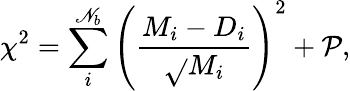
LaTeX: \chi^{2}=\sum_{i}^{\mathscr{N}_{b}}\left(\frac{{M_{i}-D_{i}}}{{\sqrt{}{{M_{i}}}}}\right)^{2}+\mathcal{{P}},